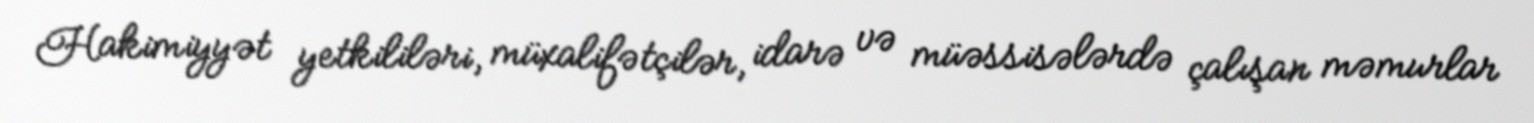
Hakimiyyət yetkililəri, müxalifətçilər, idarə və müəssisələrdə çalışan məmurlar